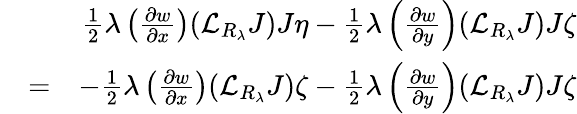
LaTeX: \begin{array}{rlr}&{}&{\frac{1}{2}\lambda\left(\frac{\partial w}{\partial x}\right)({\mathcal L}_{R_{\lambda}}J)J\eta-\frac{1}{2}\lambda\left(\frac{\partial w}{\partial y}\right)({\mathcal L}_{R_{\lambda}}J)J\zeta}\\ &{=}&{-\frac{1}{2}\lambda\left(\frac{\partial w}{\partial x}\right)({\mathcal L}_{R_{\lambda}}J)\zeta-\frac{1}{2}\lambda\left(\frac{\partial w}{\partial y}\right)({\mathcal L}_{R_{\lambda}}J)J\zeta}\end{array}